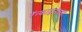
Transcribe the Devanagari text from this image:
रॅन्काइनच्या